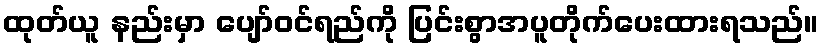
ထုတ်ယူ နည်းမှာ ပျော်ဝင်ရည်ကို ပြင်းစွာအပူတိုက်ပေးထားရသည်။